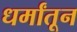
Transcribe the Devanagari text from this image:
धर्मांतून